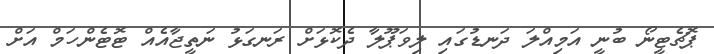
ޕޮޗެޓީނޯ ބުނީ އަމިއްލަ ދަނޑުގައި ލިވަޕޫލާ ދެކޮޅަށް ރަނގަޅު ނަތީޖާއެއް ޓޮޓެންހަމް އަށް